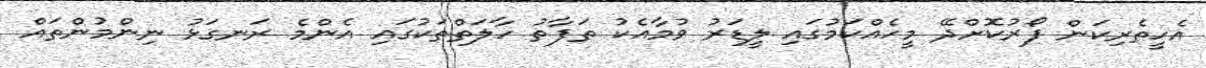
އެހީތެރިކަން ފޯރުކޮށްދޭ މީހެއްކަމުގައި ލީޑަރު ވުމާއެކު ތަފާތު ހާލަތްތަކުގައި އެންމެ ރަނގަޅު ނިންމުންތައް